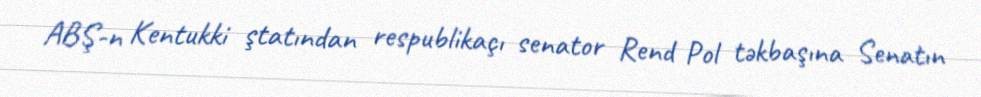
ABŞ-n Kentukki ştatından respublikaçı senator Rend Pol təkbaşına Senatın